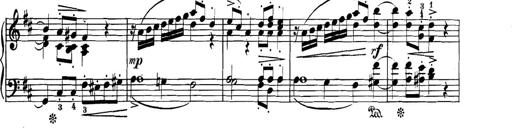
Title: 3 Sonatinas
Composer: Carl Reinecke